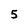
Character: 5